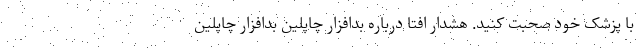
با پزشک خود صحبت کنید. هشدار افتا درباره بدافزار چاپلین بدافزار چاپلین